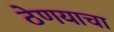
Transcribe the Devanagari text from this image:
ठेणयाचा